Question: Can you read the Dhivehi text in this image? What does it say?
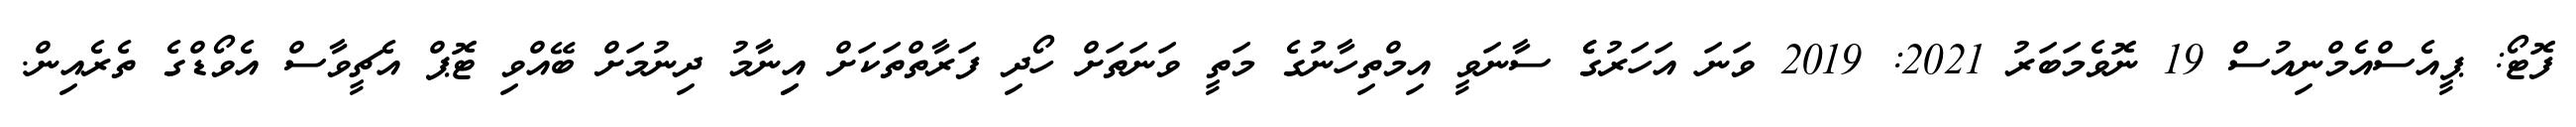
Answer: ފޮޓޯ: ޕީއެސްއެމްނިއުސް 19 ނޮވެމަބަރު 2021: 2019 ވަނަ އަހަރުގެެ ސާނަވީ އިމްތިހާނުގެ މަތީ ވަނަތަށް ހޯދި ފަރާތްތަކަށް އިިނާމު ދިނުމަށް ބޭއްވި ޓޮޕް އެޗީވާސް އެވޯޑްގެ ތެރެއިން.